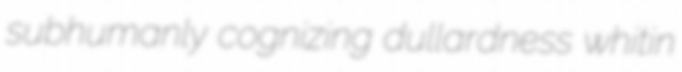
subhumanly cognizing dullardness whitin